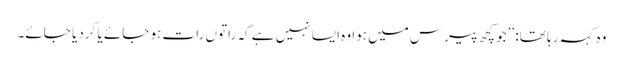
وہ کہہ رہا تھا: ’’جو کچھ پیرس میں ہوا وہ ایسا نہیں ہے کہ راتوں رات ہو جائے یا کردیا جائے۔